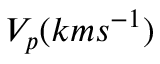
V _ { p } ( k m s ^ { - 1 } )